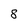
Character: 8